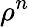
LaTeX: \rho^{n}